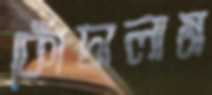
কোঁচালাম